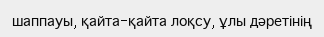
шаппауы, қайта-қайта лоқсу, ұлы дәретінің